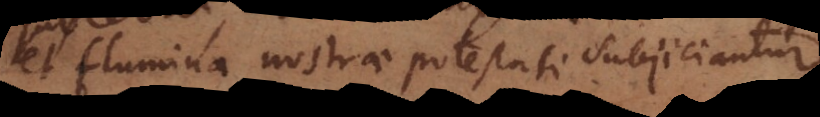
et flumina nostrae potestati subjiciantur